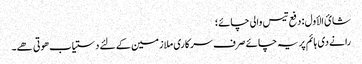
شائ الأول : دفع تیس والی چائے؛
رانے دی ہائم پر یہ چائے صرف سرکاری ملازمین کے لئے دستیاب ھوتی ھے۔